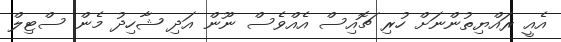
އެއީ ރައްޔިތުންނަށް ހުރި ޗޮއިސް އެއްވެސް ނޫން އަދި ޝާހިދު މެން ސްޓިލް